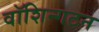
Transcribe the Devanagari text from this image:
वॉशिन्गटन